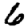
Digit: 6